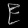
Digit: ၉